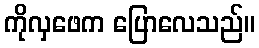
ကိုလှဖေက ပြောလေသည်။